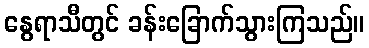
နွေရာသီတွင် ခန်းခြောက်သွားကြသည်။